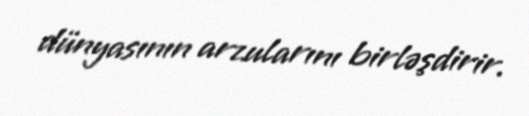
dünyasının arzularını birləşdirir.